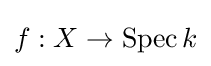
f:X\to \operatorname {Spec} k